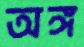
অঙ্গ